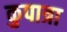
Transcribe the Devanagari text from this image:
कुपात्रा